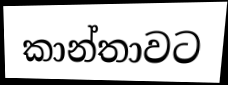
කාන්තාවට